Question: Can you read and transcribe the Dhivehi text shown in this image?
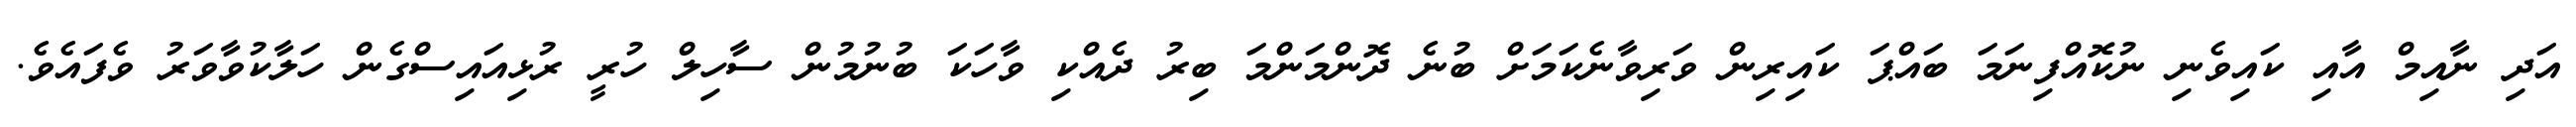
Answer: އަދި ނާއިމް އާއި ކައިވެނި ނުކޮއްފިނަމަ ބައްޕަ ކައިރިން ވަރިވާނެކަމަށް ބުނެ ދޮންމަންމަ ބިރު ދެއްކި ވާހަކަ ބުނުމުން ސާހިލް ހުރީ ރުޅިއައިސްގެން ހަލާކުވާވަރު ވެފައެވެ.